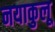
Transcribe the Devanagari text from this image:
नयाकुलू